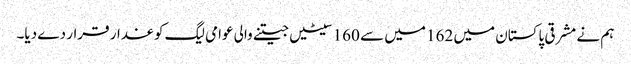
ہم نے مشرقی پاکستان میں 162 میں سے 160 سیٹیں جیتنے والی عوامی لیگ کو غدار قرار دے دیا۔